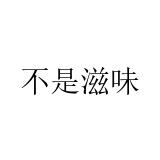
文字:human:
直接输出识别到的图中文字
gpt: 不是滋味